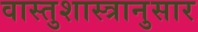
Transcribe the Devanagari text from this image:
वास्तुशास्त्रानुसार